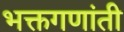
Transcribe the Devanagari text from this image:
भक्तगणांती